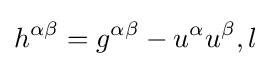
h^{\alpha \beta }=g^{\alpha \beta }-u^{\alpha }u^{\beta },l